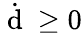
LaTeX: \dot{\mathrm{~d~}}\geq 0